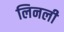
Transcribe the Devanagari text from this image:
लिनली